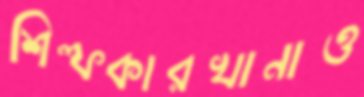
শিল্পকারখানাও